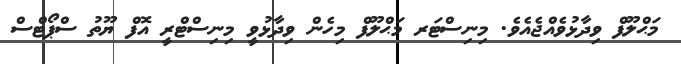
މަޙްލޫފް ވިދާޅުވެއްޖެއެވެ. މިނިސްޓަރ މަޙްލޫފް މިހެން ވިދާޅުވީ މިނިސްޓްރީ އޮފް ޔޫތު ސްޕޯޓްސް